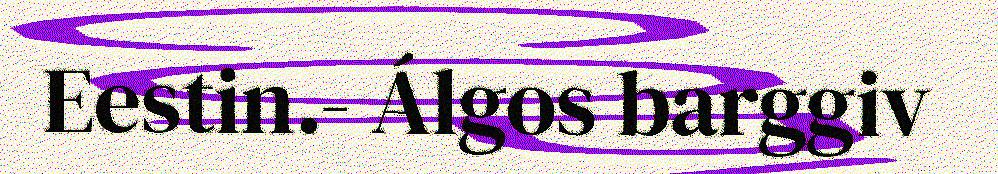
Eestin.- Álgos barggiv